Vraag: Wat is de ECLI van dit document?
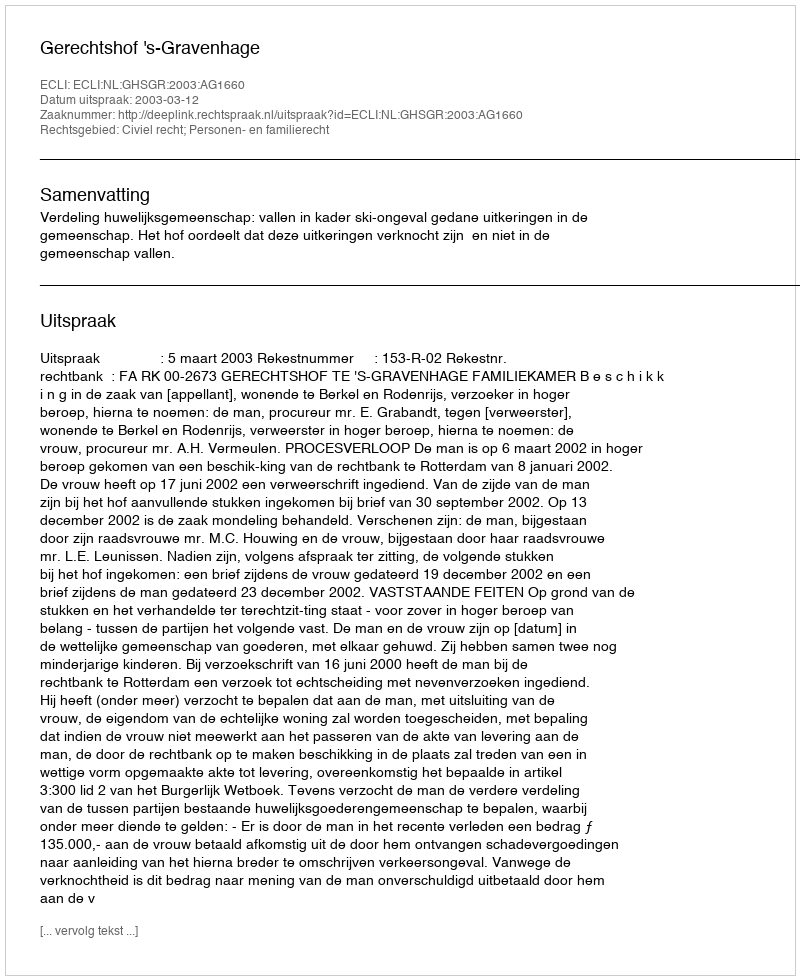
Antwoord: ECLI:NL:GHSGR:2003:AG1660